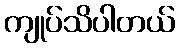
ကျုပ်သိပါတယ်